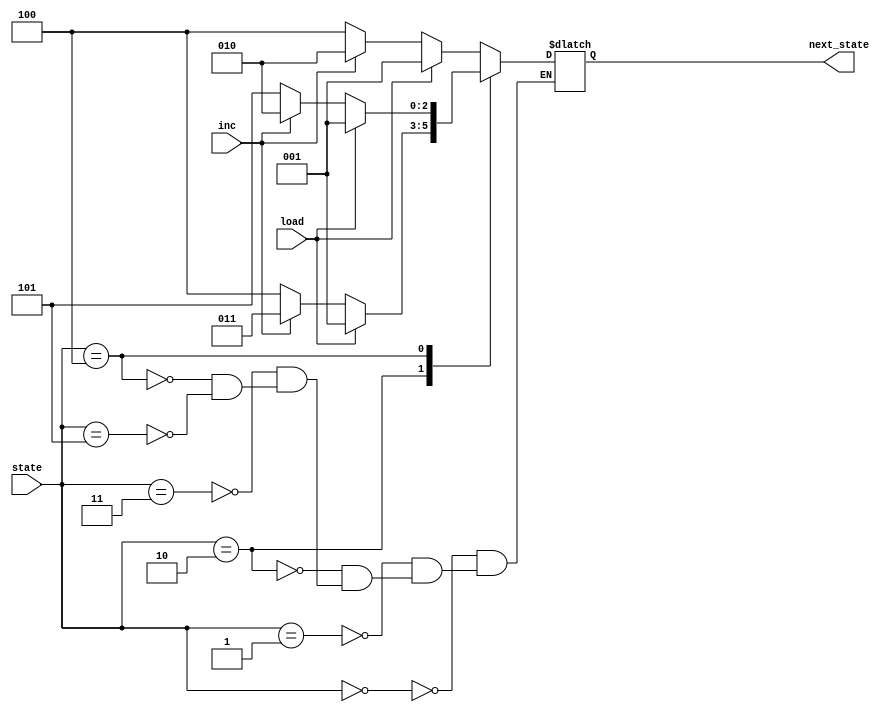
module ns_logic(load, inc, state, next_state);
	
	// parameters
	parameter IDLE_STATE = 3'b000;
	parameter LOAD_STATE = 3'b001;
	parameter INC_STATE	= 3'b010;
	parameter INC2_STATE = 3'b011;
	parameter DEC_STATE 	= 3'b100;
	parameter DEC2_STATE = 3'b101;
	
	input load, inc;				// input ports
	input [2:0] state;			// 3bits input port
	output [2:0] next_state;	// 3bits output port
	
	reg [2:0] next_state;		// 3bits reg
	
	always @ (load, inc, state) begin		
		case(state) 
			IDLE_STATE: begin
				if(load == 1) next_state <= LOAD_STATE;
				else if (inc == 1) next_state <= INC_STATE;
				else next_state <= DEC_STATE;
			end
			LOAD_STATE: begin
				if(load == 1) next_state <= LOAD_STATE;
				else if (inc == 1) next_state <= INC_STATE;
				else next_state <= DEC_STATE;
			end
			INC_STATE: begin
				if(load == 1) next_state <= LOAD_STATE;
				else if (inc == 1) next_state <= INC2_STATE;
				else next_state <= DEC_STATE;
			end
			INC2_STATE: begin
				if(load == 1) next_state <= LOAD_STATE;
				else if (inc == 1) next_state <= INC_STATE;
				else next_state <= DEC_STATE;
			end	
			DEC_STATE: begin
				if(load == 1) next_state <= LOAD_STATE;
				else if (inc == 1) next_state <= INC_STATE;
				else next_state <= DEC2_STATE;
			end
			DEC2_STATE: begin
				if(load == 1) next_state <= LOAD_STATE;
				else if (inc == 1) next_state <= INC_STATE;
				else next_state <= DEC_STATE;
			end
		endcase		
	end
	
endmodule